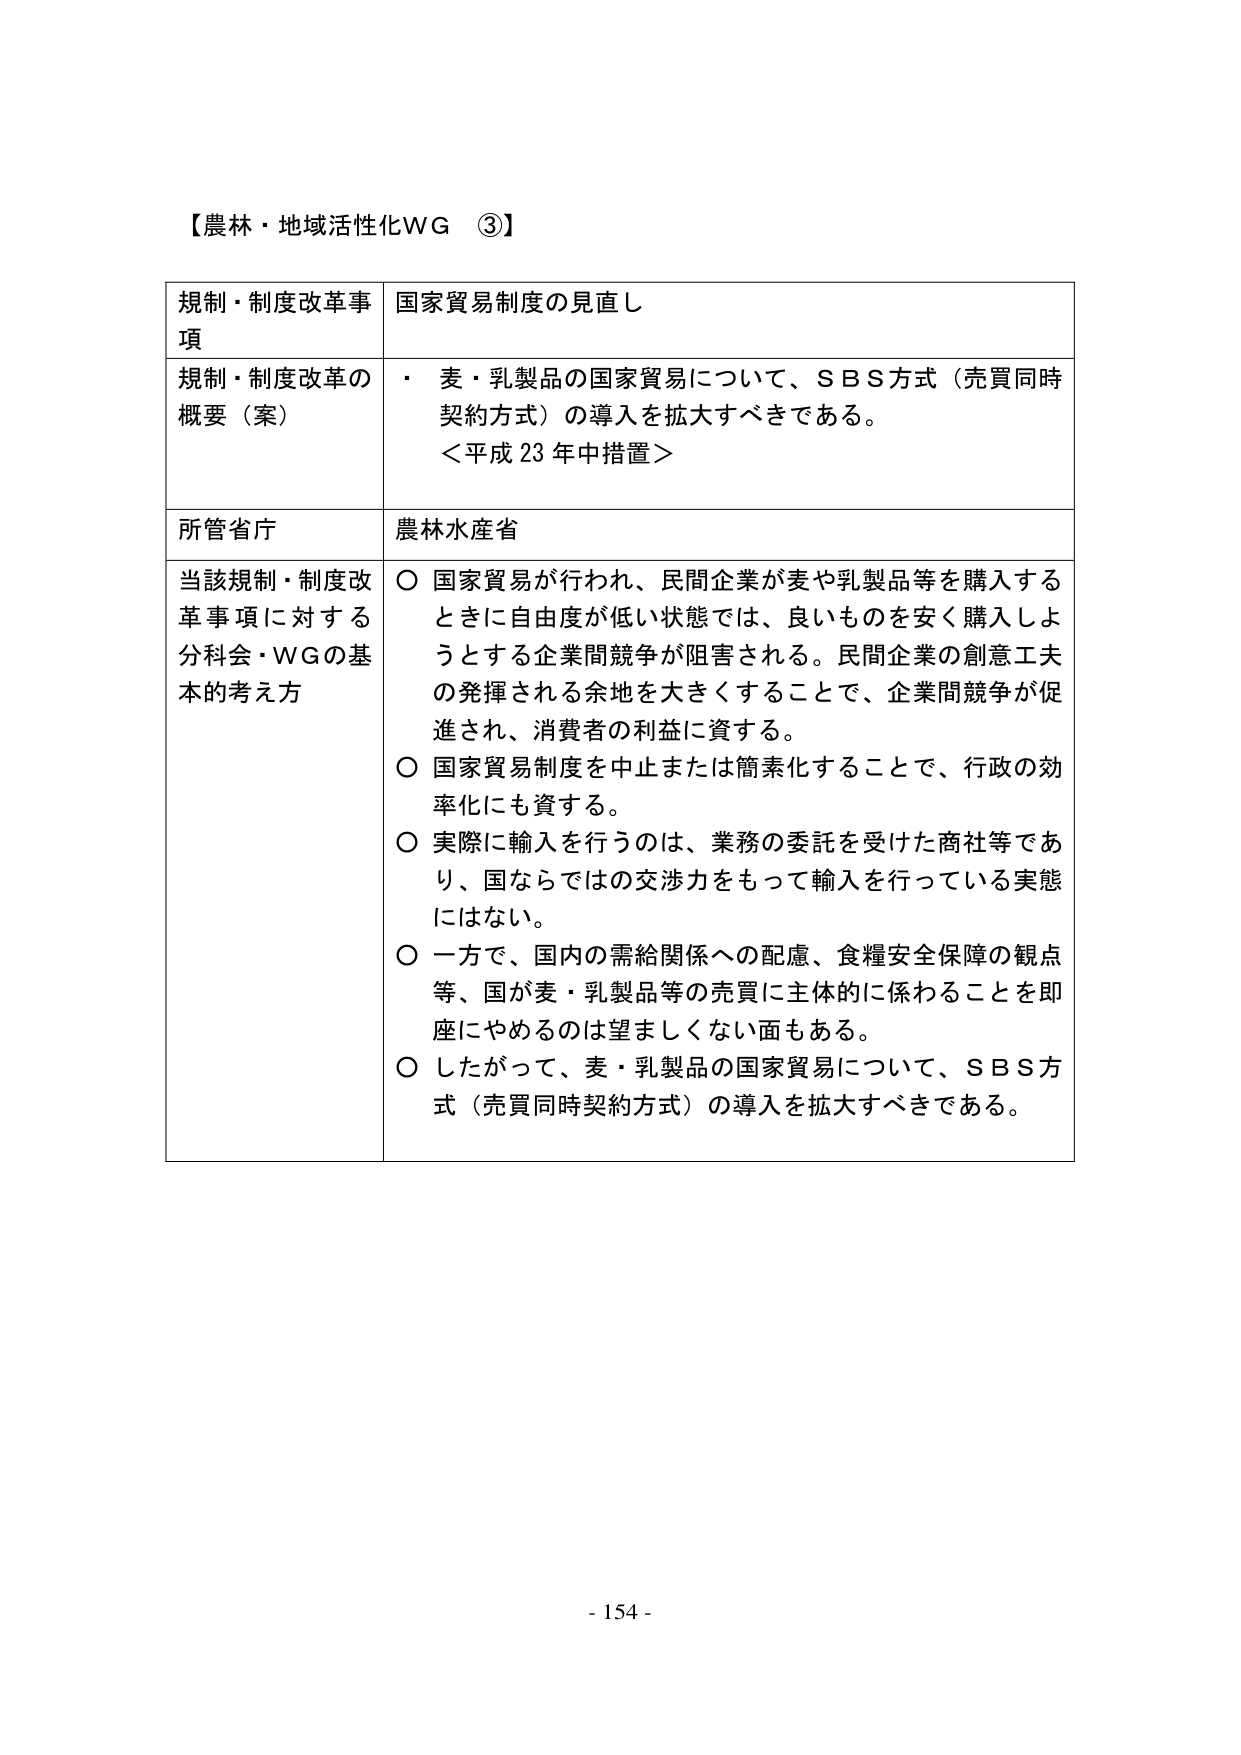
【農林・地域活性化WG ③】

規制・制度改革事項　国家貿易制度の見直し

規制・制度改革の概要（案）　・ 麦・乳製品の国家貿易について、ＳＢＳ方式（売買同時契約方式）の導入を拡大すべきである。
＜平成23年中措置＞

所管省庁　農林水産省

当該規制・制度改革事項に対する分科会・WGの基本的考え方
○ 国家貿易が行われ、民間企業が麦や乳製品等を購入するときに自由度が低い状態では、良いものを安く購入しようとする企業間競争が阻害される。民間企業の創意工夫の発揮される余地を大きくすることで、企業間競争が促進され、消費者の利益に資する。
○ 国家貿易制度を中止または簡素化することで、行政の効率化にも資する。
○ 実際に輸入を行うのは、業務の委託を受けた商社等であり、国ならではの交渉力をもって輸入を行っている実態にはない。
○ 一方で、国内の需給関係への配慮、食糧安全保障の観点等、国が麦・乳製品等の売買に主体的に係ることを即座にやめるのは望ましくない面もある。
○ したがって、麦・乳製品の国家貿易について、ＳＢＳ方式（売買同時契約方式）の導入を拡大すべきである。

- 154 -